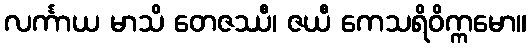
လင်္ကာယ မာသိ တေဇဿီ၊ ဇယီ ကေသရိဝိက္ကမော။